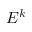
E ^ { k }